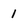
Character: 1